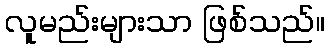
လူမည်းများသာ ဖြစ်သည်။